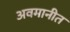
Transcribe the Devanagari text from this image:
अवमानीत